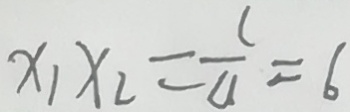
x _ { 1 } x _ { 2 } = \frac { c } { u } = 6